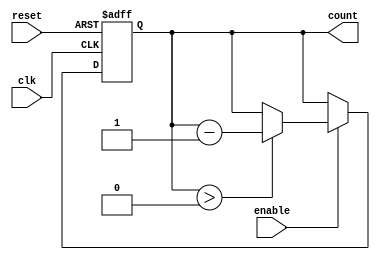
module down_counter(
    input wire clk,            // Clock input
    input wire enable,         // Enable signal
    input wire reset,          // Asynchronous reset
    output reg [3:0] count     // 4-bit count output (maximum value is 15)
);

    // Define the maximum count value
    parameter MAX_COUNT = 4'b1111; // 15 in decimal

    // Asynchronous reset and counting logic
    always @(posedge clk or posedge reset) begin
        if (reset) begin
            // Reset the count to maximum value
            count <= MAX_COUNT;
        end else if (enable) begin
            // Decrement the count if enable is high
            if (count > 0) begin
                count <= count - 1;
            end
            // Optionally, you could wrap around to MAX_COUNT if desired
            // else begin
            //     count <= MAX_COUNT; // Uncomment to wrap-around behavior
            // end
        end
        // If enable is low, retain the current count value
    end

endmodule